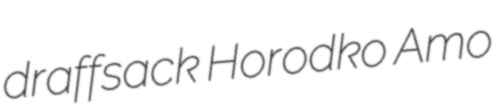
draffsack Horodko Amo